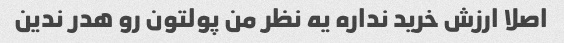
اصلا ارزش خرید نداره یه نظر من پولتون رو هدر ندین